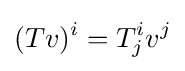
(Tv)^{i}=T_{j}^{i}v^{j}